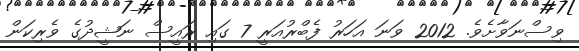
ވިސްނަވާށެވެ. 2012 ވަނަ އަހަރު ފެބްރުއަރީ 7 ގައި ރައީސް ނަޝީދުގެ ވެރިކަން